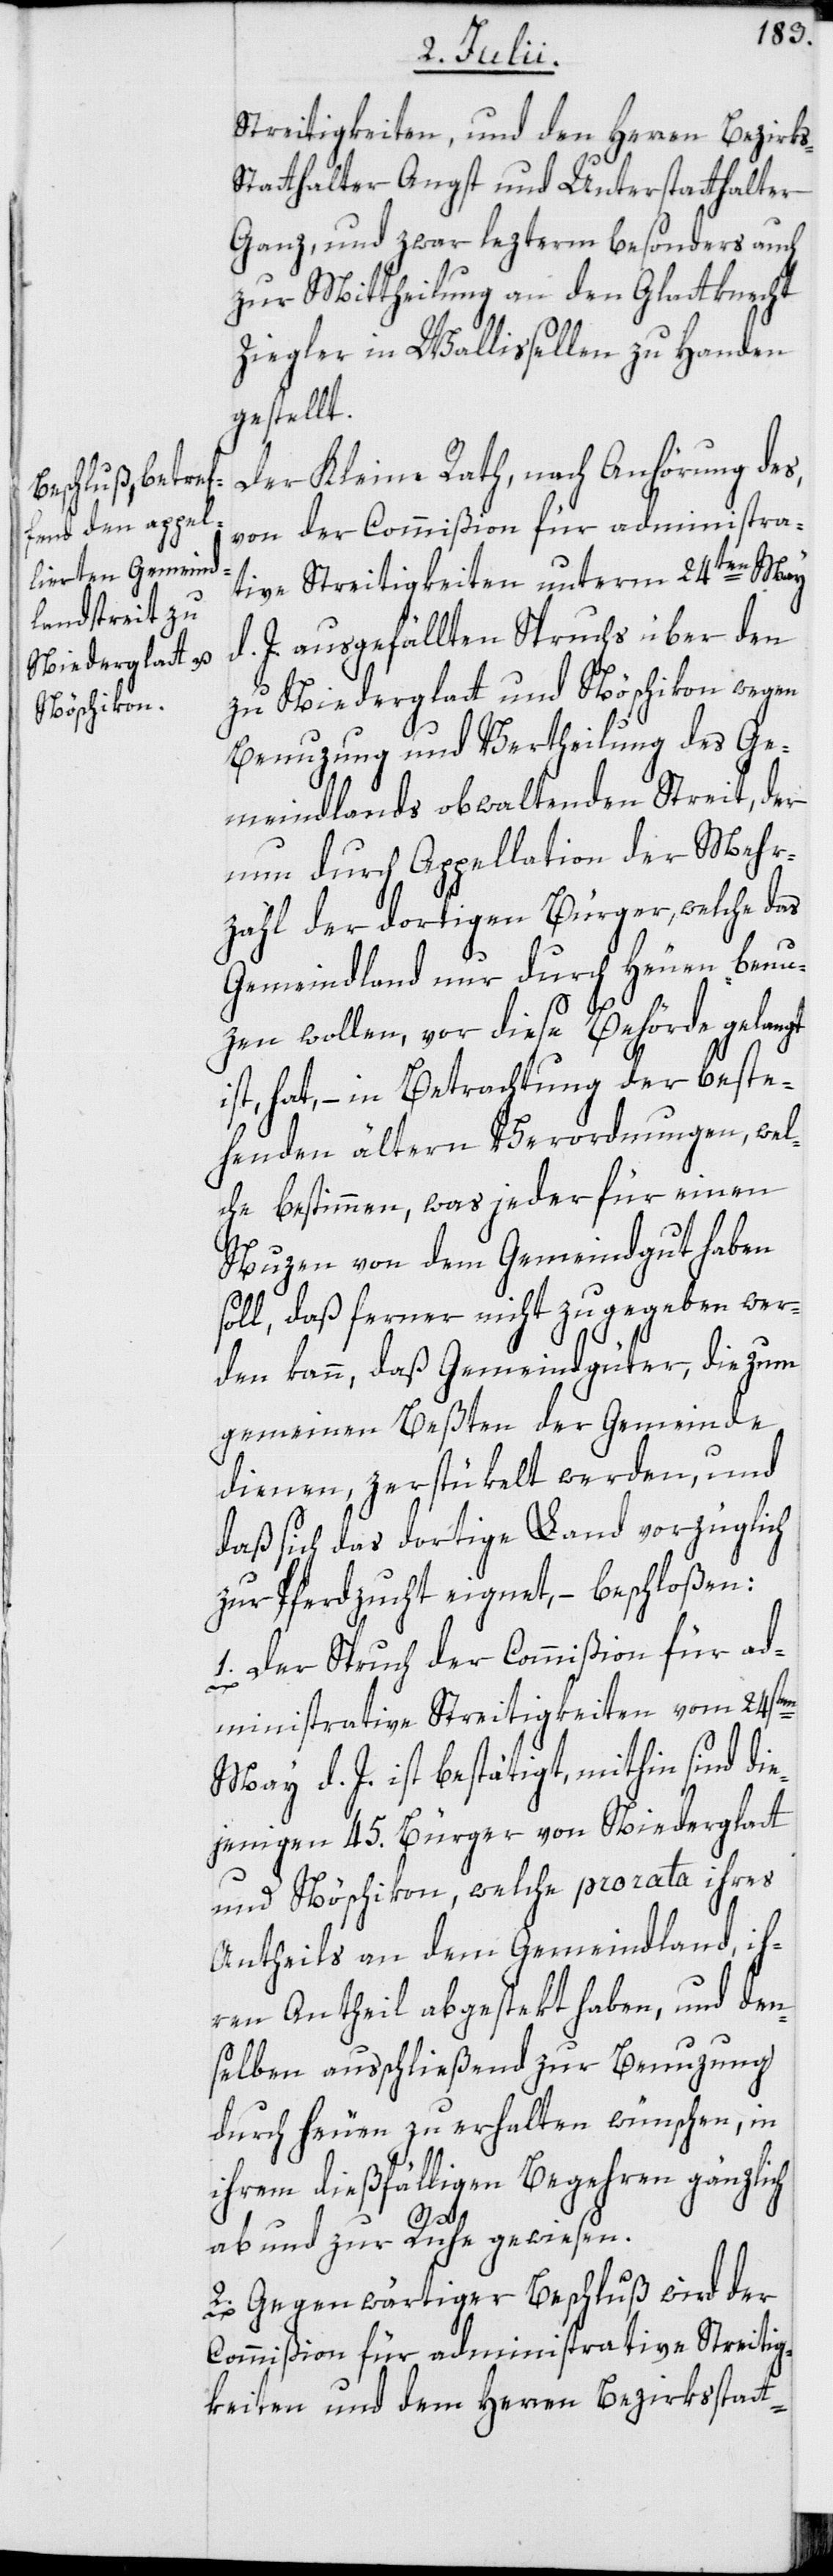
Streitigkeiten, und den Herren Bezirk¬
tatthalter Angst und Unterstatthalter
Ganz, und zwar lezterm besonders auch
zur Mittheilung an den Glattknecht
Ziegler in Wallisellen zu Handen
gestellt.
Der Kleine Rath, nach Anhörung des,
von der Commißion für administra¬
tive Streitigkeiten unterm 24ten May
d. J. ausgefällten Spruchs über den
zu Niederglatt und Nöschikon wegen
Benuzung und Vertheilung des Ge¬
meindlands obwaltenden Streit, der
nun durch Appellation der Mehr¬
zahl der dortigen Bürger, welche das
Gemeindland nur durch Heuen benu¬
zen wollen, vor diese Behörde gelangt
ist, hat, – in Betrachtung der beste¬
henden ältern Verordnungen, wel¬
che bestimmen, was jeder für einen
Nuzen von dem Gemeindgut haben
soll, daß ferner nicht zugegeben wer¬
den kann, daß Gemeindgüter, die zum
gemeinen Beßten der Gemeinde
dienen, zerstükelt werden, und
daß sich das dortige Land vorzüglich
zur Pferdzucht eignet, – beschloßen:
1. Der Spruch der Commißion für ad¬
ministrative Streitigkeiten vom 24sten
May d. J. ist bestätigt, mithin sind die¬
jenigen 45. Bürger von Niederglatt
und Nöschikon, welche pro rata ihres
Antheils an dem Gemeindland, ih¬
ren Antheil abgestekt haben, und den¬
selben ausschließend zur Benuzung
durch Heuen zu erhalten wünschen, in
ihrem dießfälligen Begehren gänzlich
s-S¬
ab- und zur Ruhe gewiesen.
2. Gegenwärtiger Beschluß wird der
Commißion für administrative Streitig¬
keiten und dem Herren Bezirksstatt-